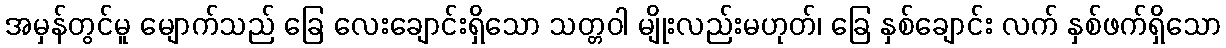
အမှန်တွင်မူ မျောက်သည် ခြေ လေးချောင်းရှိသော သတ္တဝါ မျိုးလည်းမဟုတ်၊ ခြေ နှစ်ချောင်း လက် နှစ်ဖက်ရှိသော